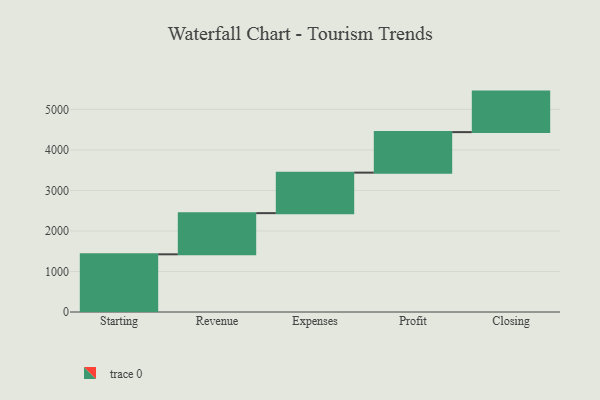
{"axis": {"x": "Step", "y": "Value"}, "legend": [""], "data": [{"x": "Starting", "y": 1424.0, "type": ""}, {"x": "Revenue", "y": 1016.0, "type": ""}, {"x": "Expenses", "y": 1000, "type": ""}, {"x": "Profit", "y": 1000, "type": ""}, {"x": "Closing", "y": 1000, "type": ""}]}